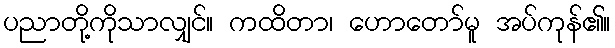
ပညာတို့ကိုသာလျှင်။ ကထိတာ၊ ဟောတော်မူ အပ်ကုန်၏။